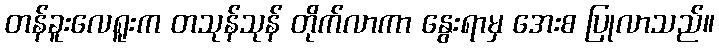
တန်ခူးလေရူးက တသုန်သုန် တိုက်လာကာ နွေးရာမှ အေးစ ပြုလာသည်။